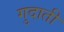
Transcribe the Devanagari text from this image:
गुदाती